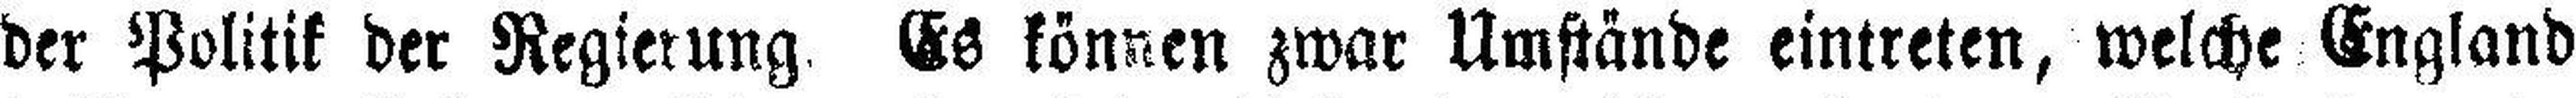
der Politik der Regierung. Es können zwar Umstände eintreten, welche England